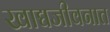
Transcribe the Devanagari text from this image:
खाद्यजीवनात